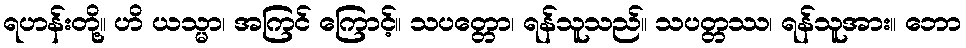
ရဟန်းတို့။ ဟိ ယသ္မာ၊ အကြင် ကြောင့်။ သပတ္တော၊ ရန်သူသည်။ သပတ္တဿ၊ ရန်သူအား။ ဘော